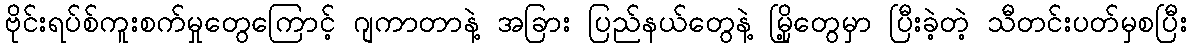
ဗိုင်းရပ်စ်ကူးစက်မှုတွေကြောင့် ဂျကာတာနဲ့ အခြား ပြည်နယ်တွေနဲ့ မြို့တွေမှာ ပြီးခဲ့တဲ့ သီတင်းပတ်မှစပြီး